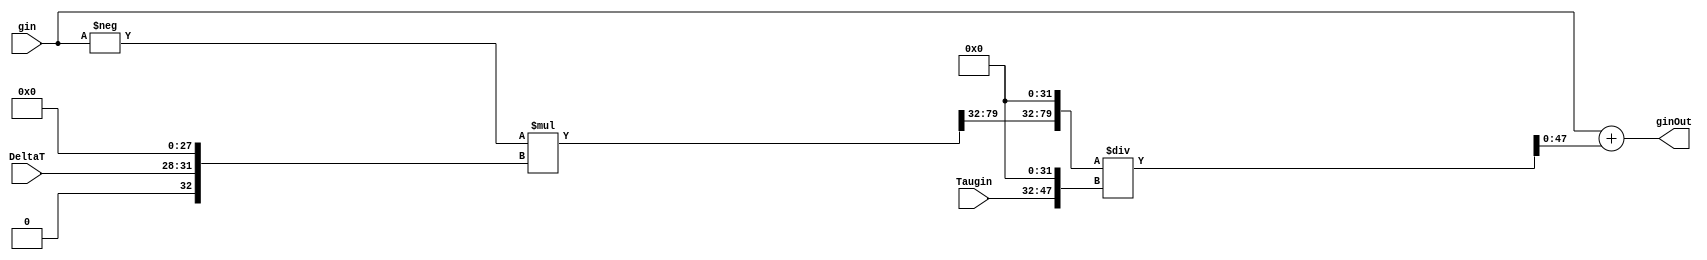
/*
-----------------------------------------------------
| Created on: 12.07.2018		            							
| Author: Saunak Saha				    
|                                                   
| Department of Electrical and Computer Engineering 
| Iowa State University                             
-----------------------------------------------------
*/


`timescale 1ns/1ns
module GinLeakUnit
#(
	parameter INTEGER_WIDTH = 16, 
	parameter DATA_WIDTH_FRAC = 32,
	parameter DATA_WIDTH = INTEGER_WIDTH + DATA_WIDTH_FRAC, 
	parameter DELTAT_WIDTH = 4
)
(
	
	input wire signed [(DATA_WIDTH-1):0] gin,
	input wire signed [(DELTAT_WIDTH-1):0] DeltaT,
	input wire signed [(INTEGER_WIDTH-1):0] Taugin,
	

	output wire signed [(DATA_WIDTH-1):0] ginOut
);

 
	//Intermediate Values:
	wire signed [(INTEGER_WIDTH-1):0] MultResult_Int;
	wire signed [(DATA_WIDTH_FRAC-1):0] MultResult_Frac;
	wire signed [(DATA_WIDTH-1):0] DeltaT_Extended, MultResult, Taugin_Extended, Quotient;
	wire signed [(DATA_WIDTH + DATA_WIDTH_FRAC - 1):0] Dividend; 

	wire signed [(DATA_WIDTH-1):0] V1;
	wire signed [(2*DATA_WIDTH -1):0] V2;
	wire signed [(DATA_WIDTH + DATA_WIDTH_FRAC - 1):0] V3;


	//Wire Select and/or padding for Fixed-point Arithmetic
	assign DeltaT_Extended = {{INTEGER_WIDTH{1'b0}},DeltaT,{DATA_WIDTH_FRAC-DELTAT_WIDTH{1'b0}}};			//pad integer bits and rest of fractional bits 
	assign MultResult_Int = V2[(DATA_WIDTH + DATA_WIDTH_FRAC - 1):(DATA_WIDTH + DATA_WIDTH_FRAC - INTEGER_WIDTH)];	//take lower <INTEGER_WIDTH> integer bits of product
	assign MultResult_Frac = V2[(DATA_WIDTH + DATA_WIDTH_FRAC - INTEGER_WIDTH - 1):DATA_WIDTH_FRAC];		//take higher <DATA_WIDTH_FRAC> frac bits of product
	assign MultResult = {MultResult_Int,MultResult_Frac};								//concatenate to form product in given format
	assign Taugin_Extended = {Taugin,{DATA_WIDTH_FRAC{1'b0}}};							//pad fractional bits
	assign Dividend = {MultResult,{DATA_WIDTH_FRAC{1'b0}}};								//shift by all decimal places before division
	assign Quotient = V3[(DATA_WIDTH-1):0];										//take lower <DATA_WIDTH> bits of Division result



	//Combinational Computation
	assign V1 = -gin;
	assign V2 = V1*DeltaT_Extended;
	assign V3 = Dividend/Taugin_Extended;
	assign ginOut = gin + Quotient; 


endmodule